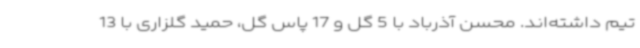
تیم داشته‌اند. محسن آذرباد با 5 گل و 17 پاس گل، حمید گلزاری با 13